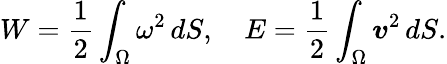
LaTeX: W=\frac{1}{2}\int_{\Omega}\omega^{2}\, dS,~~~~E=\frac{1}{2}\int_{\Omega}\boldsymbol{v}^{2}\, dS.